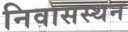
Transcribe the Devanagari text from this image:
निवासस्थन